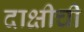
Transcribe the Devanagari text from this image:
दाक्षीची